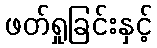
ဖတ်ရှုခြင်းနှင့်